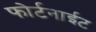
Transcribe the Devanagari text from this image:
फोर्टनाईट